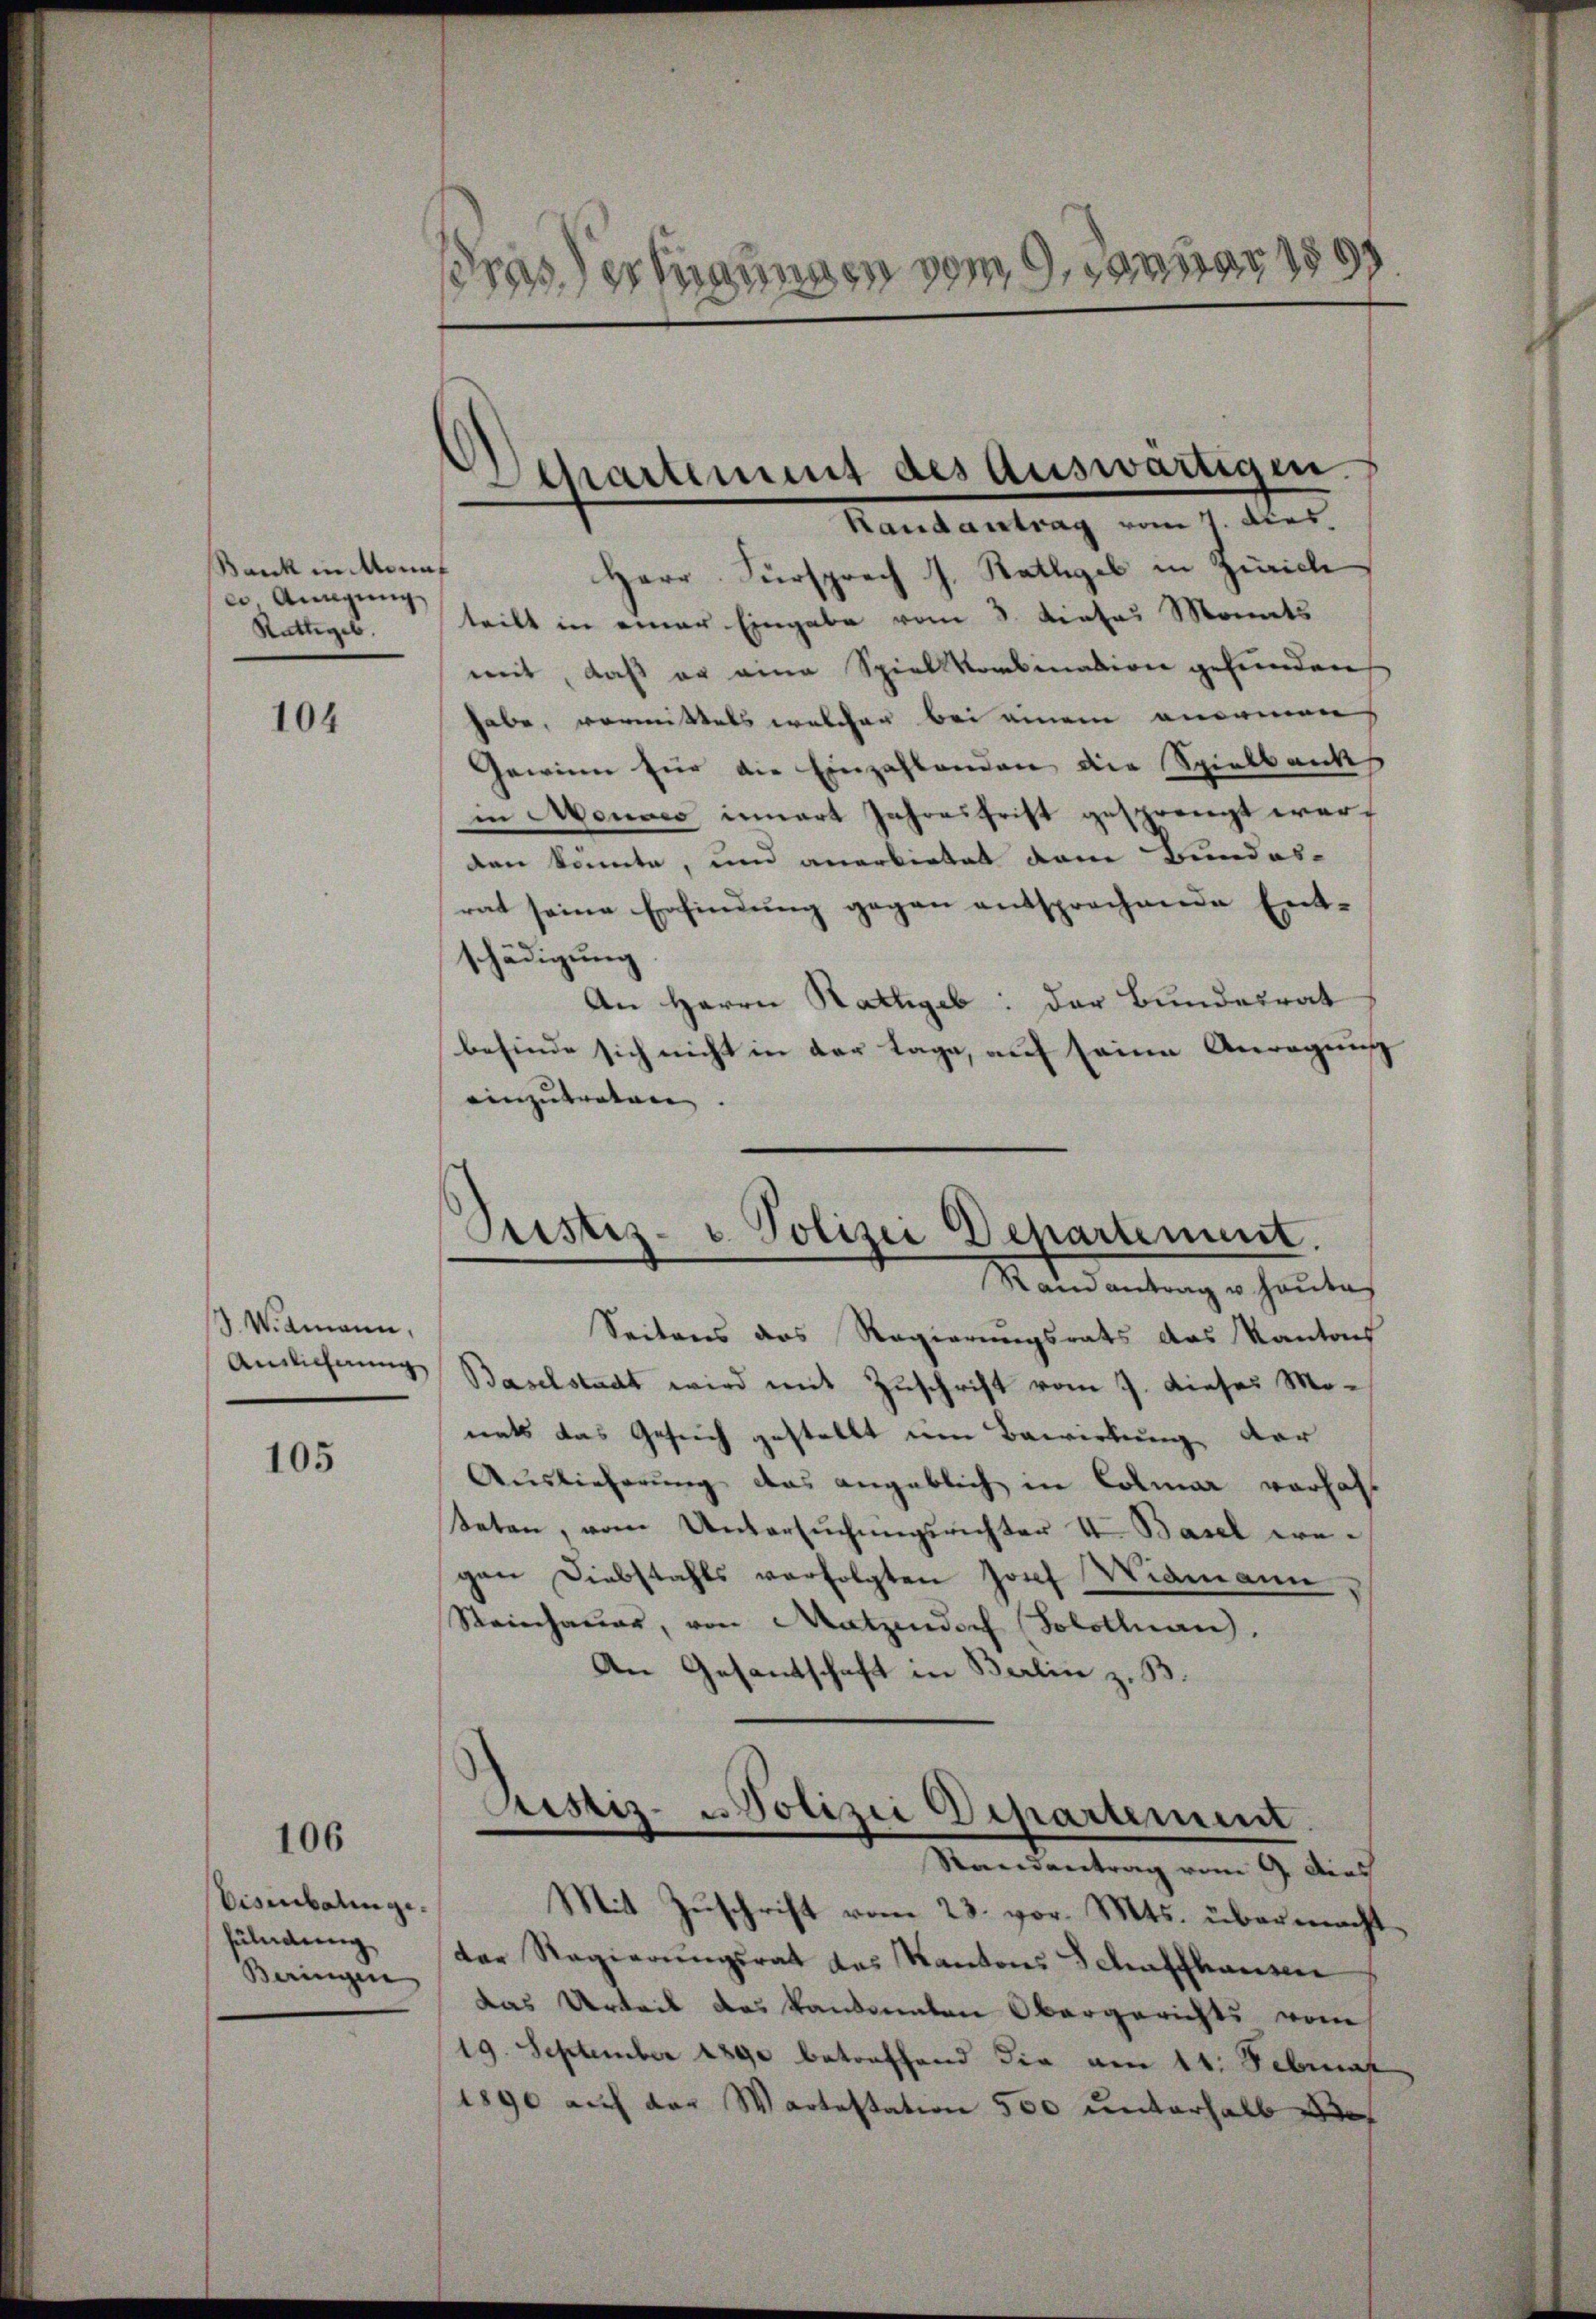
Bank in Monat
c. Anngung
Rattiges.

104

ß. Widmann,
Anslichnung

105

106

Eisenbalinge.
fülndung
Baingen

rasser Mangen vom 9. Januar 1891

Departement des Auswärtigen.
Randantrag vom 7. dies

Herr Fürsprech J. Kathgel in Zürich
teilt in einer Eingabe vom 3. dieses Monats
weit, daß er eine Spiel Kombination gefunden
habe, vormittels welcher bei einem angemen
Gewinn für die Einzahlenden die Spielbank
in Monats innert Jahresfrist gesprengt werden könnte, und anerbietet dem Bundes-
rat seine Erfindung gegen entsprochende Ent-
schädigung
An Herrn Rathgeb: der Bundesrat
befinde sich nicht in der Tage, auf seine Anregung |
einzutreten.

Prestiz- u. Polizei Departement.
Randantrag u. heute

Seitens das Regierungsrats das Kantons
Baselstadt wird mit Zuschrift vom 7. dieses Monats das Gesuch gestellt um Bewirkung dar
Auslieferung das angeblich in Colmar verhaft
eten, vom Untersŭchŭngsrichter II. Basel ergen Diebstahls verfolgten Josef Widmann
Reinhauer, von Matzendoch Solothurn.
An Gesantschaft in Berlin z. B.
Justiz- Polizei Departement.
Randantrag vom 9. Dies
Mit Zŭschrift vom 23. vor. Mts. übermacht.
der Regierŭngsrat des Kantons Schaffhausen
Das Urteil das kantonaten Obergerichts vom
19. September 1890 betreffend die am 11. Februar
1890 auf der Wartestation 500 unterhalb de